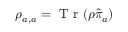
\rho _ { a , a } = \mathrm { ~ T ~ r ~ } ( \rho \hat { \pi } _ { a } )